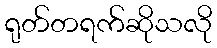
ရုတ်တရက်ဆိုသလို